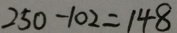
2 5 0 - 1 0 2 = 1 4 8